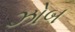
ઝોબ